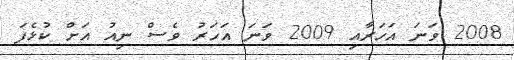
2008 ވަނަ އަހަރާއި 2009 ވަނަ އަހަރު ވެސް ނިއު އަށް ކުޅެފަ